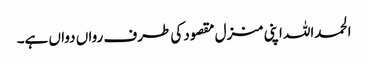
الحمداللہ اپنی منزل مقصود کی طرف رواں دواں ہے۔